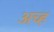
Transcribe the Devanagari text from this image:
अच्ह